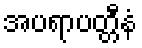
အပရာပတ္တီနံ